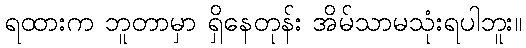
ရထားက ဘူတာမှာ ရှိနေတုန်း အိမ်သာမသုံးရပါဘူး။